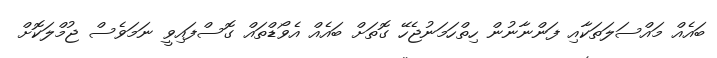
ބައެއް މައްސަލަތަކާއި ފަންނާނުން ހިތްހަމަނުޖެހޭ ގޮތަށް ބައެއް އެވޯޑްތައް ގޮސްފައިވީ ނަމަވެސް ޖުމްލަކޮށް